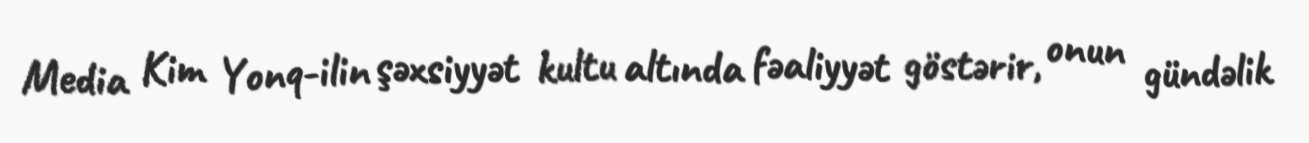
Media Kim Yonq-ilin şəxsiyyət kultu altında fəaliyyət göstərir, onun gündəlik